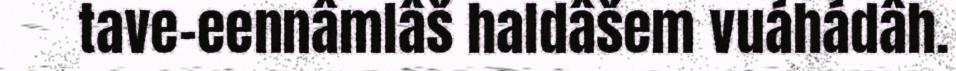
tave-eennâmlâš haldâšem vuáhádâh.